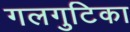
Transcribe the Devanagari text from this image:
गलगुटिका